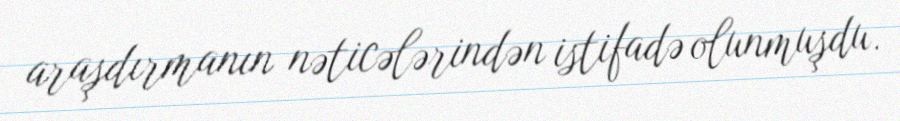
araşdırmanın nəticələrindən istifadə olunmuşdu.